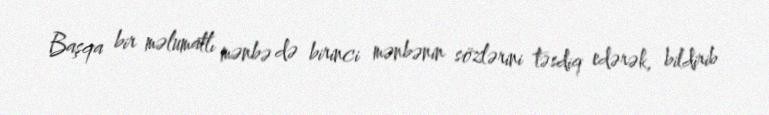
Başqa bir məlumatlı mənbə də birinci mənbənin sözlərini təsdiq edərək, bildirib